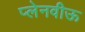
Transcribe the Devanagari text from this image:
प्लेनवीऊ